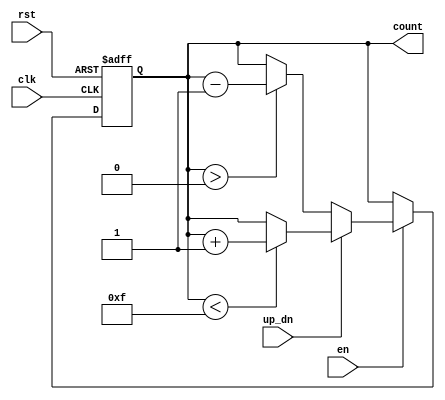
module UpDownCounter (
    input wire clk,         // Clock input
    input wire en,          // Enable signal
    input wire up_dn,       // Up/Down control signal
    input wire rst,         // Asynchronous reset signal
    output reg [3:0] count  // 4-bit counter output
);

    // Initialize the counter to 0
    initial begin
        count = 4'b0000;
    end

    // Always block triggered on the rising edge of clk or when reset is asserted
    always @(posedge clk or posedge rst) begin
        // Asynchronous reset
        if (rst) begin
            count <= 4'b0000; // Reset counter to 0
        end else if (en) begin
            // Increment or decrement based on up_dn control
            if (up_dn) begin
                // Increment if not at maximum value (15 for 4-bit counter)
                if (count < 4'b1111) begin
                    count <= count + 1'b1;
                end
            end else begin
                // Decrement if not at minimum value (0 for 4-bit counter)
                if (count > 4'b0000) begin
                    count <= count - 1'b1;
                end
            end
        end
    end
endmodule